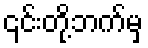
၎င်းတို့ဘက်မှ